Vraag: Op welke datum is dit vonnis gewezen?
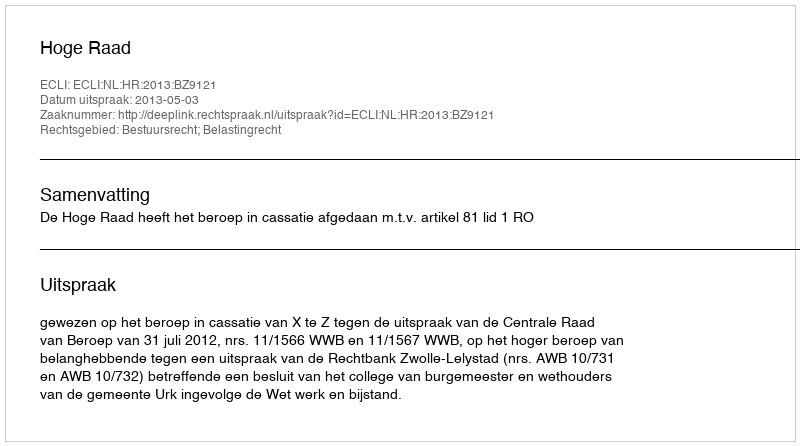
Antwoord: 2013-05-03